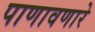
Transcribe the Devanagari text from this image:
पाणावणारे